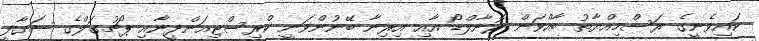
ކައިވެނީގެ ރަސްމިއްޔާތު ބާއްވަން ރޮނާލްޑޯ އާއި އިރިނާ ބޭނުންވަނީ ކްރިސްޓިއަންދީނާއި ޕޯޗުގަލްގެ ސަގާފީ